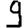
Digit: 9